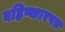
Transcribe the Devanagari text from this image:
बहिष्कारपत्र